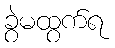
ခွဲမထွက်ရ